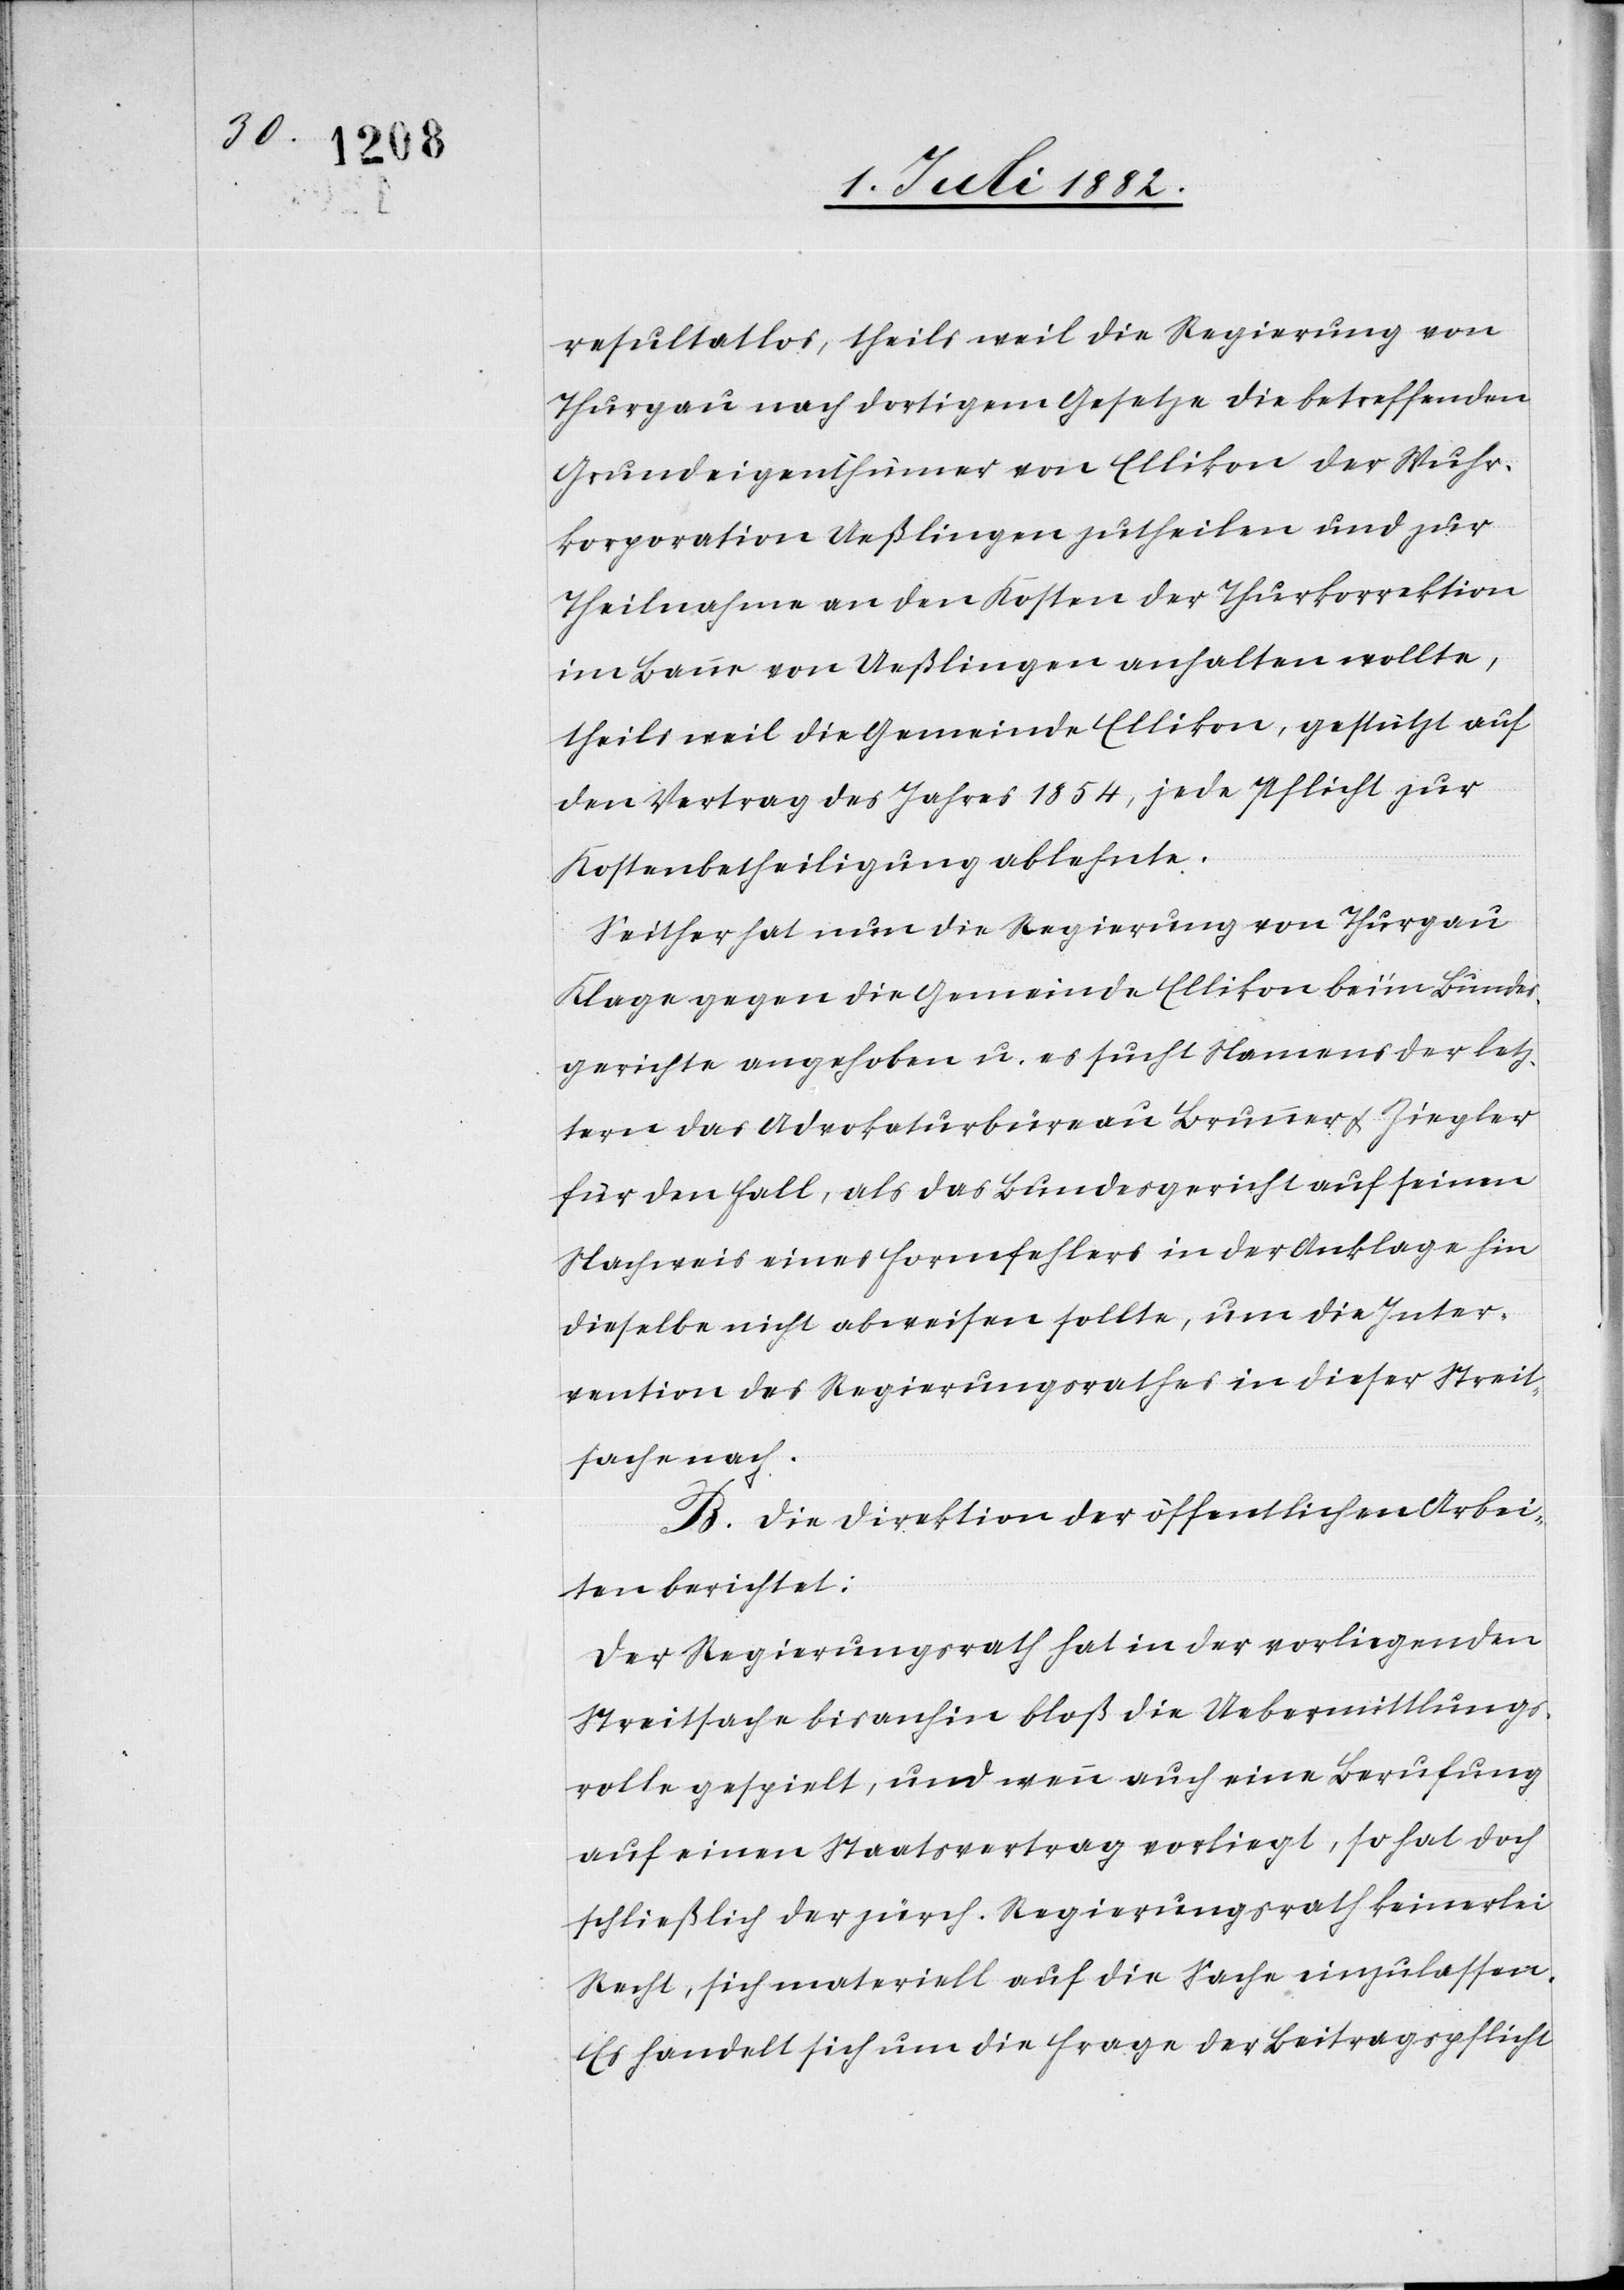
resultatlos, theils weil die Regierung von
Thurgau nach dortigem Gesetze die betreffenden
Grundeigenthümer von Ellikon der Wuhr¬
korporation Ueßlingen zutheilen und zur
Theilnahme an den Kosten der Thurkorrektion
im Banne von Ueßlingen anhalten wollte,
theils weil die Gemeinde Ellikon, gestützt auf
den Vertrag des Jahres 1854, jede Pflicht zur
Kostenbetheiligung ablehnte.
Seither hat nun die Regierung von Thurgau
Klage gegen die Gemeinde Ellikon beim Bundes¬
gerichte angehoben u. es sucht Namens der letz¬
tern das Advokaturbüreau Brunner & Ziegler
für den Fall, als das Bundesgericht auf seinen
Nachweis eines Formfehlers in der Anklage hin
dieselbe nicht abweisen sollte, um die Inter¬
vention des Regierungsrathes in dieser Streit¬
sache nach.
Innern berichtet:
Der Regierungsrath hat in der vorliegenden
Streitsache bisanhin bloß die Uebermittlungs¬
rolle gespielt, und wenn auch eine Berufung
auf einen Staatsvertrag vorliegt, so hat doch
schließlich der zürch. Regierungsrath keinerlei
Recht, sich materiell auf die Sache einzulassen.
Es handelt sich um die Frage der Beitragspflicht